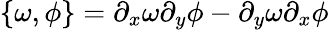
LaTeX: \left\{ \omega,\phi\right\} =\partial_{x}\omega\partial_{y}\phi-\partial_{y}\omega\partial_{x}\phi